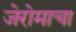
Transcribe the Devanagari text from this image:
जेरोमाचा